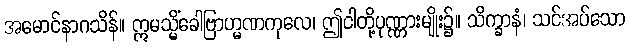
အမောင်နာဂသိန်။ ဣမသ္မိံခေါဗြာဟ္မဏကုလေ၊ ဤငါတို့ပုဏ္ဏားမျိုး၌။ သိက္ခာနံ၊ သင်အပ်သော